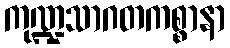
ကုဏ္ဍသာဂတကစ္စာနာ